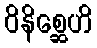
ဝိနိစ္ဆေဟိ